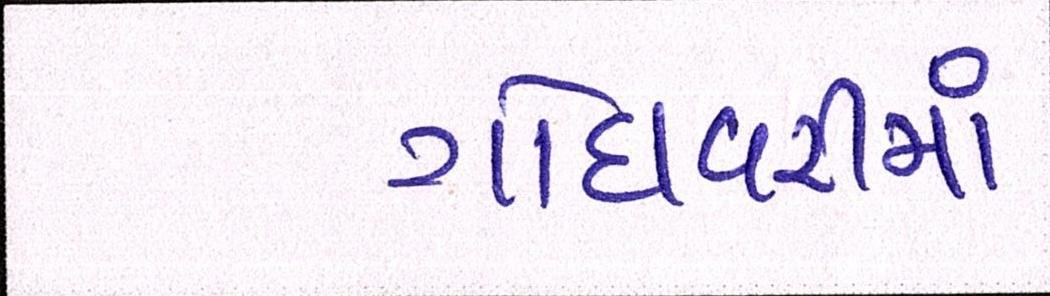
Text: ગોદાવરીમાં